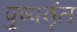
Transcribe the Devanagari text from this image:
पुष्पवृंत